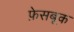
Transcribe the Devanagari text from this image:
फ़ेसबूक